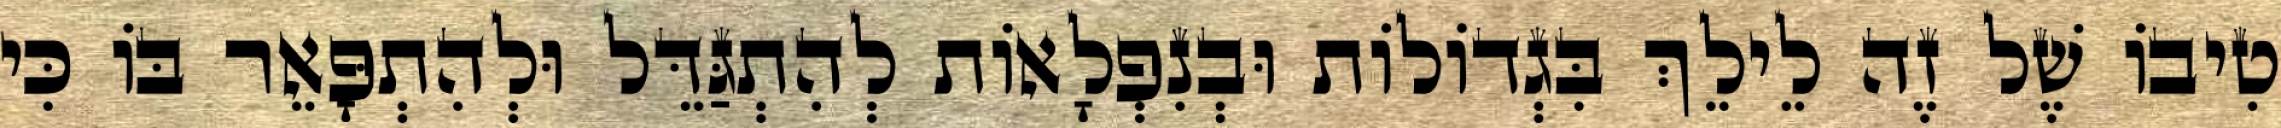
טִיבוֹ שֶׁל זֶה לֵילֵךְ בִּגְדוֹלוֹת וּבְנִפְלָאוֹת לְהִתְגַּדֵּל וּלְהִתְפָּאֵר בּוֹ כִּי